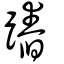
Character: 蹖